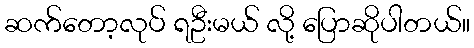
ဆက်တော့လုပ် ရဦးမယ် လို့ ပြောဆိုပါတယ်။